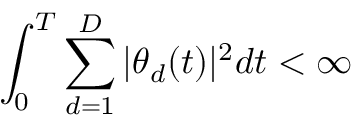
\int _ { 0 } ^ { T } \sum _ { d = 1 } ^ { D } | \theta _ { d } ( t ) | ^ { 2 } d t < \infty